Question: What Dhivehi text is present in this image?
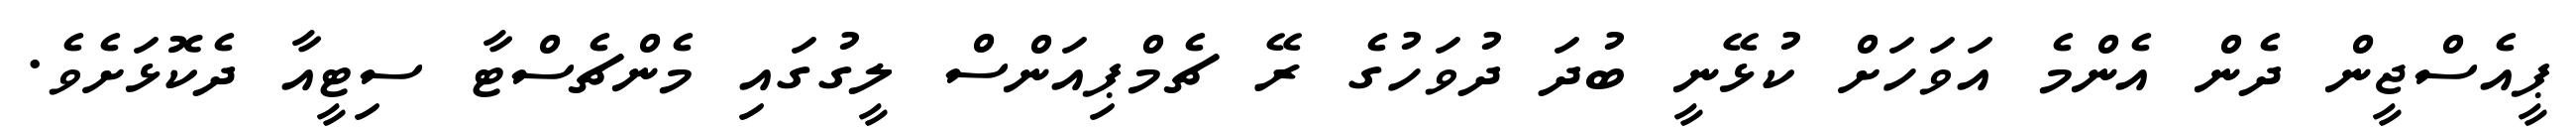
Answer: ޕީއެސްޖީން ދެން އެންމެ އަވަހަށް ކުޅޭނީ ބުދަ ދުވަހުގެ ރޭ ޗެމްޕިއަންސް ލީގުގައި މެންޗެސްޓާ ސިޓީއާ ދެކޮޅަށެވެ.